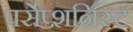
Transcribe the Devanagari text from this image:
पर्सेप्शनिस्ट